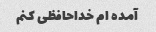
آمده ام خداحافظی کنم